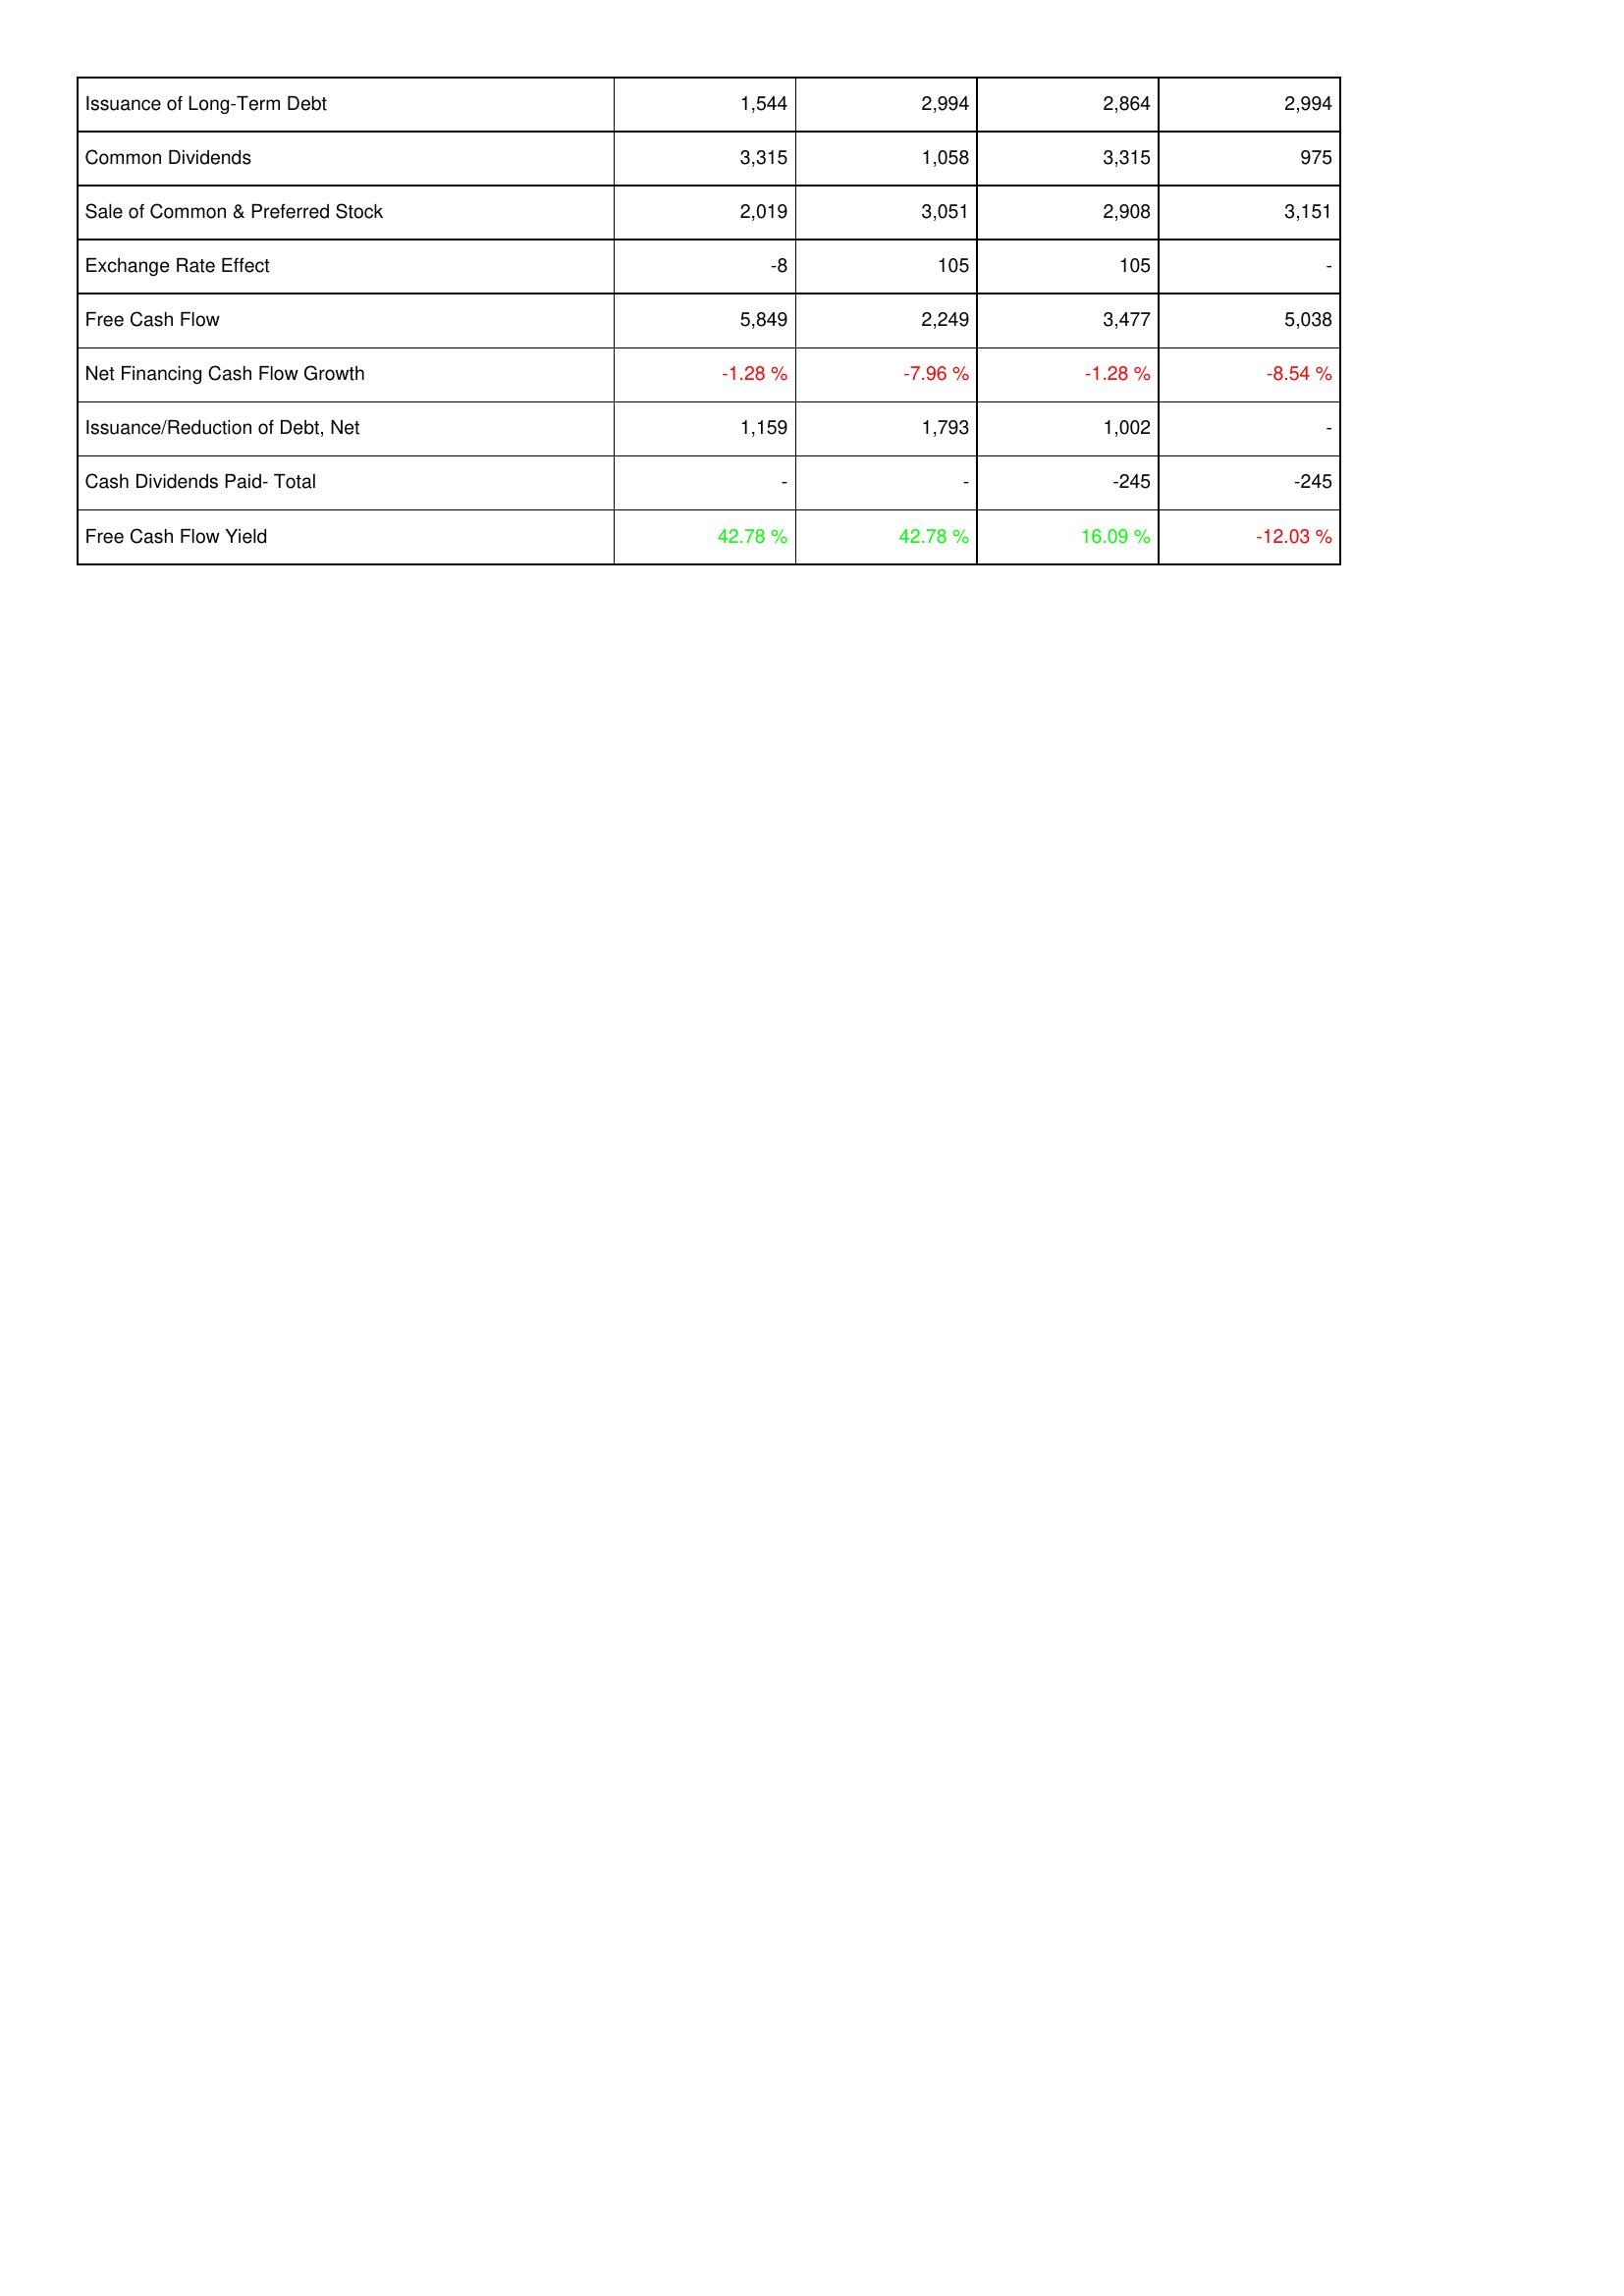
2007: Financing Activities: Issuance of Long-Term Debt: 1,544
Common Dividends: 3,315
Sale of Common & Preferred Stock: 2,019
Exchange Rate Effect: -8
Free Cash Flow: 5,849
Net Financing Cash Flow Growth: -1.28 %
Issuance/Reduction of Debt, Net: 1,159
Cash Dividends Paid- Total: -
Free Cash Flow Yield: 42.78 %
2008: Financing Activities: Issuance of Long-Term Debt: 2,994
Common Dividends: 1,058
Sale of Common & Preferred Stock: 3,051
Exchange Rate Effect: 105
Free Cash Flow: 2,249
Net Financing Cash Flow Growth: -7.96 %
Issuance/Reduction of Debt, Net: 1,793
Cash Dividends Paid- Total: -
Free Cash Flow Yield: 42.78 %
2009: Financing Activities: Issuance of Long-Term Debt: 2,864
Common Dividends: 3,315
Sale of Common & Preferred Stock: 2,908
Exchange Rate Effect: 105
Free Cash Flow: 3,477
Net Financing Cash Flow Growth: -1.28 %
Issuance/Reduction of Debt, Net: 1,002
Cash Dividends Paid- Total: -245
Free Cash Flow Yield: 16.09 %
2010: Financing Activities: Issuance of Long-Term Debt: 2,994
Common Dividends: 975
Sale of Common & Preferred Stock: 3,151
Exchange Rate Effect: -
Free Cash Flow: 5,038
Net Financing Cash Flow Growth: -8.54 %
Issuance/Reduction of Debt, Net: -
Cash Dividends Paid- Total: -245
Free Cash Flow Yield: -12.03 %